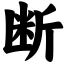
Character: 断